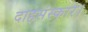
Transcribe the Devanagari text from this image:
दाहसंस्कार।